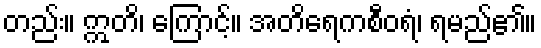
တည်း။ ဣတိ၊ ကြောင့်။ အတိရေကစီဝရံ၊ ရမည်၏။